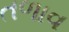
તળાવ